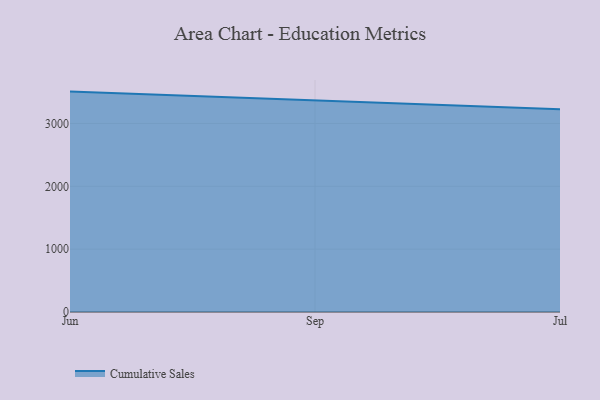
{"axis": {"x": "Month", "y": "LTV (USD)"}, "legend": ["Cumulative Sales"], "data": [{"x": "Jun", "y": 3507.0, "type": "Cumulative Sales"}, {"x": "Sep", "y": 3365.4, "type": "Cumulative Sales"}, {"x": "Jul", "y": 3228.1, "type": "Cumulative Sales"}]}